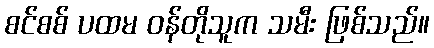
စင်စစ် ပထမ ဝန်တိုသူက သမီး ဖြစ်သည်။